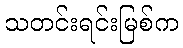
သတင်းရင်းမြစ်က